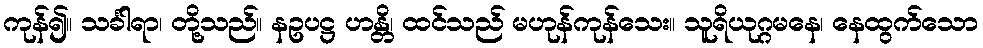
ကုန်၍။ သင်္ခါရာ၊ တို့သည်။ နဥပဋ္ဌ ဟန္တိ၊ ထင်သည် မဟုန်ကုန်သေး။ သူရိယုဂ္ဂမနေ၊ နေထွက်သော